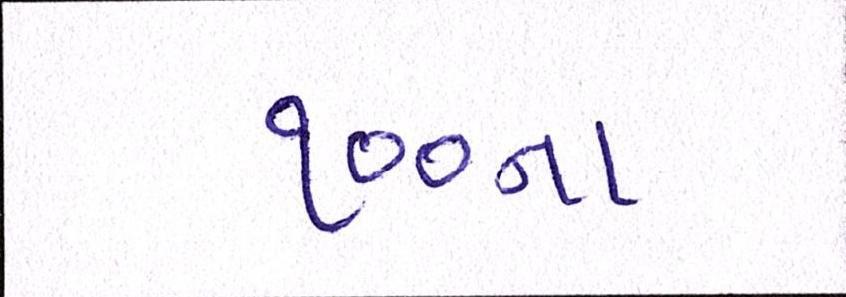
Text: ૧૦૦ના